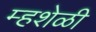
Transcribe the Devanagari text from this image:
म्हशेळी